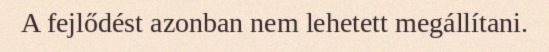
A fejlődést azonban nem lehetett megállítani.